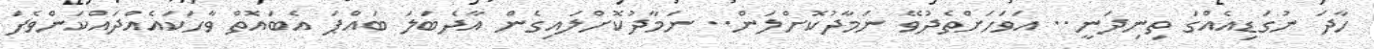
ހާދަ ނުގަޑިއެއްގަ ތިނިދަނީ.. އަވަހަށްތެދުވޭ ނަމާދުކޮށްލަން.. ނަމާދުކޮށްލައިގެން އާދެބަލަ ބައްޕަ އެބައޮތް ވާހަކައެއްދައްކަންވެފަ